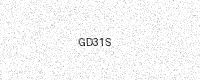
Text: GD31S